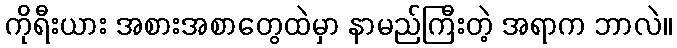
ကိုရီးယား အစားအစာတွေထဲမှာ နာမည်ကြီးတဲ့ အရာက ဘာလဲ။